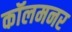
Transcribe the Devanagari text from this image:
कॉलमनर